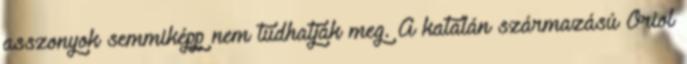
asszonyok semmiképp nem tudhatják meg. A katalán származású Oriol